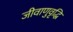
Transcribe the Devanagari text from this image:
जीवाणुवृद्धि